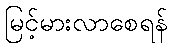
မြင့်မားလာစေရန်